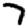
Digit: 7